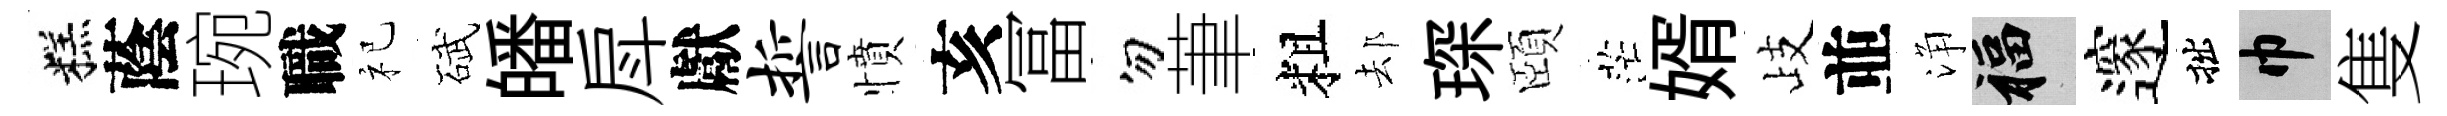
糕蔭琬職祀碔皤戽獻誓憤亥冨勿茟粗𨚫琛頤茫婿歧並浄福邃拙巾隻